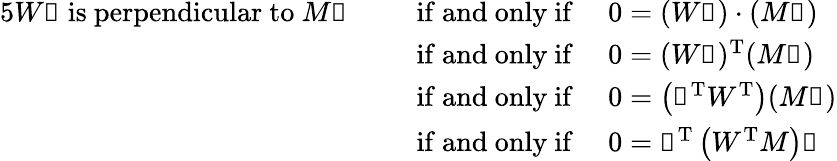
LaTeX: {\begin{array}{rl}{{5}W\mathbb{n}{\mathrm{~is~perpendicular~to~}}M\mathbb{t}\quad\, }&{{\mathrm{~if~and~only~if~}}\quad 0=(W\mathbb{n})\cdot(M\mathbb{t})}\\ &{{\mathrm{~if~and~only~if~}}\quad 0=(W\mathbb{n})^{\mathrm{T}}(M\mathbb{t})}\\ &{{\mathrm{~if~and~only~if~}}\quad 0=\left(\mathbb{n}^{\mathrm{T}}W^{\mathrm{T}}\right)(M\mathbb{t})}\\ &{{\mathrm{~if~and~only~if~}}\quad 0=\mathbb{n}^{\mathrm{T}}\left(W^{\mathrm{T}}M\right)\mathbb{t}}\end{array}}